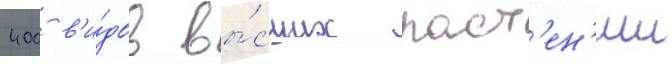
400 в'и́дов вы́сших раст'ен'ии